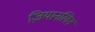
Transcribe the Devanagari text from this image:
ज़ियानलिन